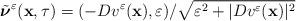
LaTeX: \begin{align*} \tilde{\boldsymbol{\nu}}^\varepsilon (\mathbf{x}, \tau) =(-D {v^\varepsilon}(\mathbf{x}),\varepsilon)/\sqrt{\varepsilon^2+|D {v^\varepsilon}(\mathbf{x})|^2} \end{align*}